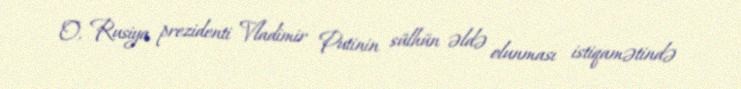
O, Rusiya prezidenti Vladimir Putinin sülhün əldə olunması istiqamətində